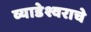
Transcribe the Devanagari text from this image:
व्याडेश्वराचे